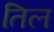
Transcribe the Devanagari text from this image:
तिल